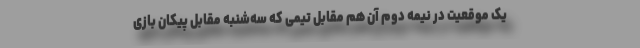
یک موقعیت در نیمه دوم آن هم مقابل تیمی که سه‌شنبه مقابل پیکان بازی